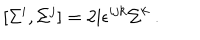
[ \Sigma ^ { i } , \Sigma ^ { j } ] = 2 \mathrm { i } \epsilon ^ { i j k } \Sigma ^ { k } \ .